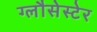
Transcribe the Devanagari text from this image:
ग्लौसेस्टेर